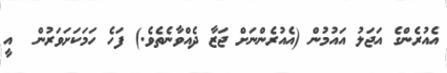
އެއުރެންގެ އަޖަލު އައުމުން (އެއުރެންނަށް ޖަޒާ ދެއްވާނެތެވެ.) ފަހެ ހަމަކަށަވަރުން  އީ